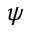
\psi